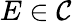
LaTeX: E\in{\mathcal{C}}